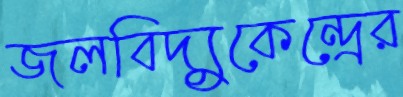
জলবিদ্যুকেন্দ্রের